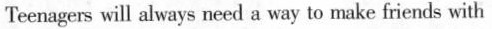
Teenagers will always need a way to make friends with